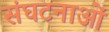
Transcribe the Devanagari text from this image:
संघटनाओं